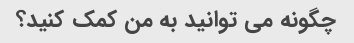
چگونه می توانید به من کمک کنید؟